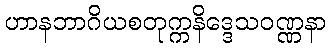
ဟာနဘာဂိယစတုက္ကနိဒ္ဒေသဝဏ္ဏနာ